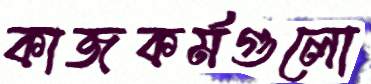
কাজকর্মগুলো